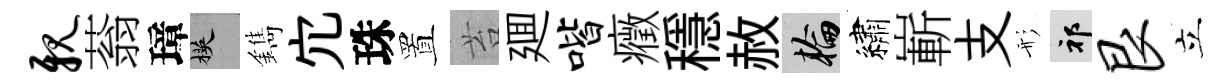
亲蓊璋楧鐫宂珠置苔廽喈癥穩赦輪繡嶄支形祁艮立